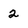
Character: 2